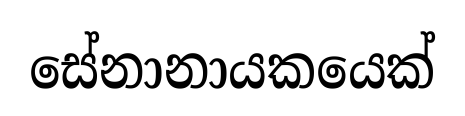
සේනානායකයෙක්